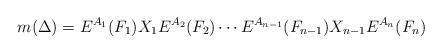
LaTeX: \begin{align*}m(\Delta)=E^{A_1}(F_1)X_1E^{A_2}(F_2) \cdots E^{A_{n-1}}(F_{n-1}) X_{n-1}E^{A_n}(F_n)\end{align*}